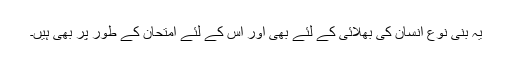
یہ بنی نوع انسان کی بھلائی کے لئے بھی اور اس کے لئے امتحان کے طور پر بھی ہیں۔